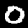
Digit: 0